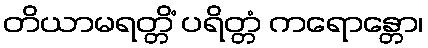
တိယာမရတ္တိံ ပရိတ္တံ ကရောန္တော၊